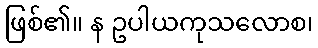
ဖြစ်၏။ န ဥပါယကုသလောစ၊